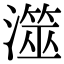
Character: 澨